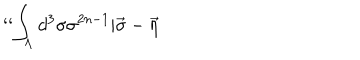
LaTeX: ` ` \int _ { \Lambda } d ^ { 3 } \sigma \sigma ^ { 2 n - 1 } | \vec { \sigma } - \vec { \eta }